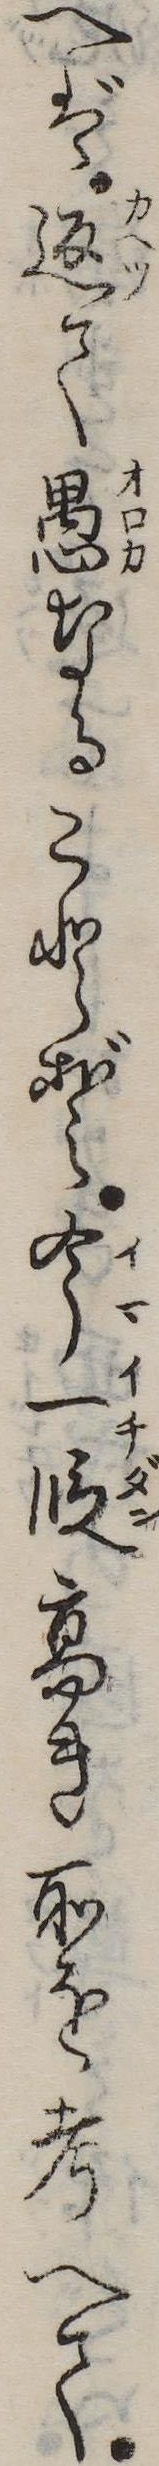
へば返て愚なることぞ今一段高き所を考へて